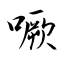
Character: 噘